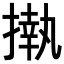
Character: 𢴇